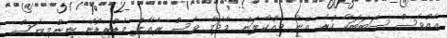
އެއްވެސް ސަބަބަކާ ހުރެ އޭނާ ވިއްކާލަން މާދަމާ ވެސް ރެއާލް މެޑްރިޑުން ނިންމިޔަސް